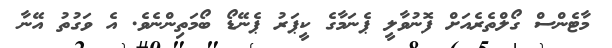
މާޓެންސް ގޯލްތެރެއަށް ފޮނުވާލީ ޕެނަމާގެ ކީޕަރު ޕެނޭޑޯ ބޯމަތިންނެވެ. އެ ވަގުތު އޭނާ